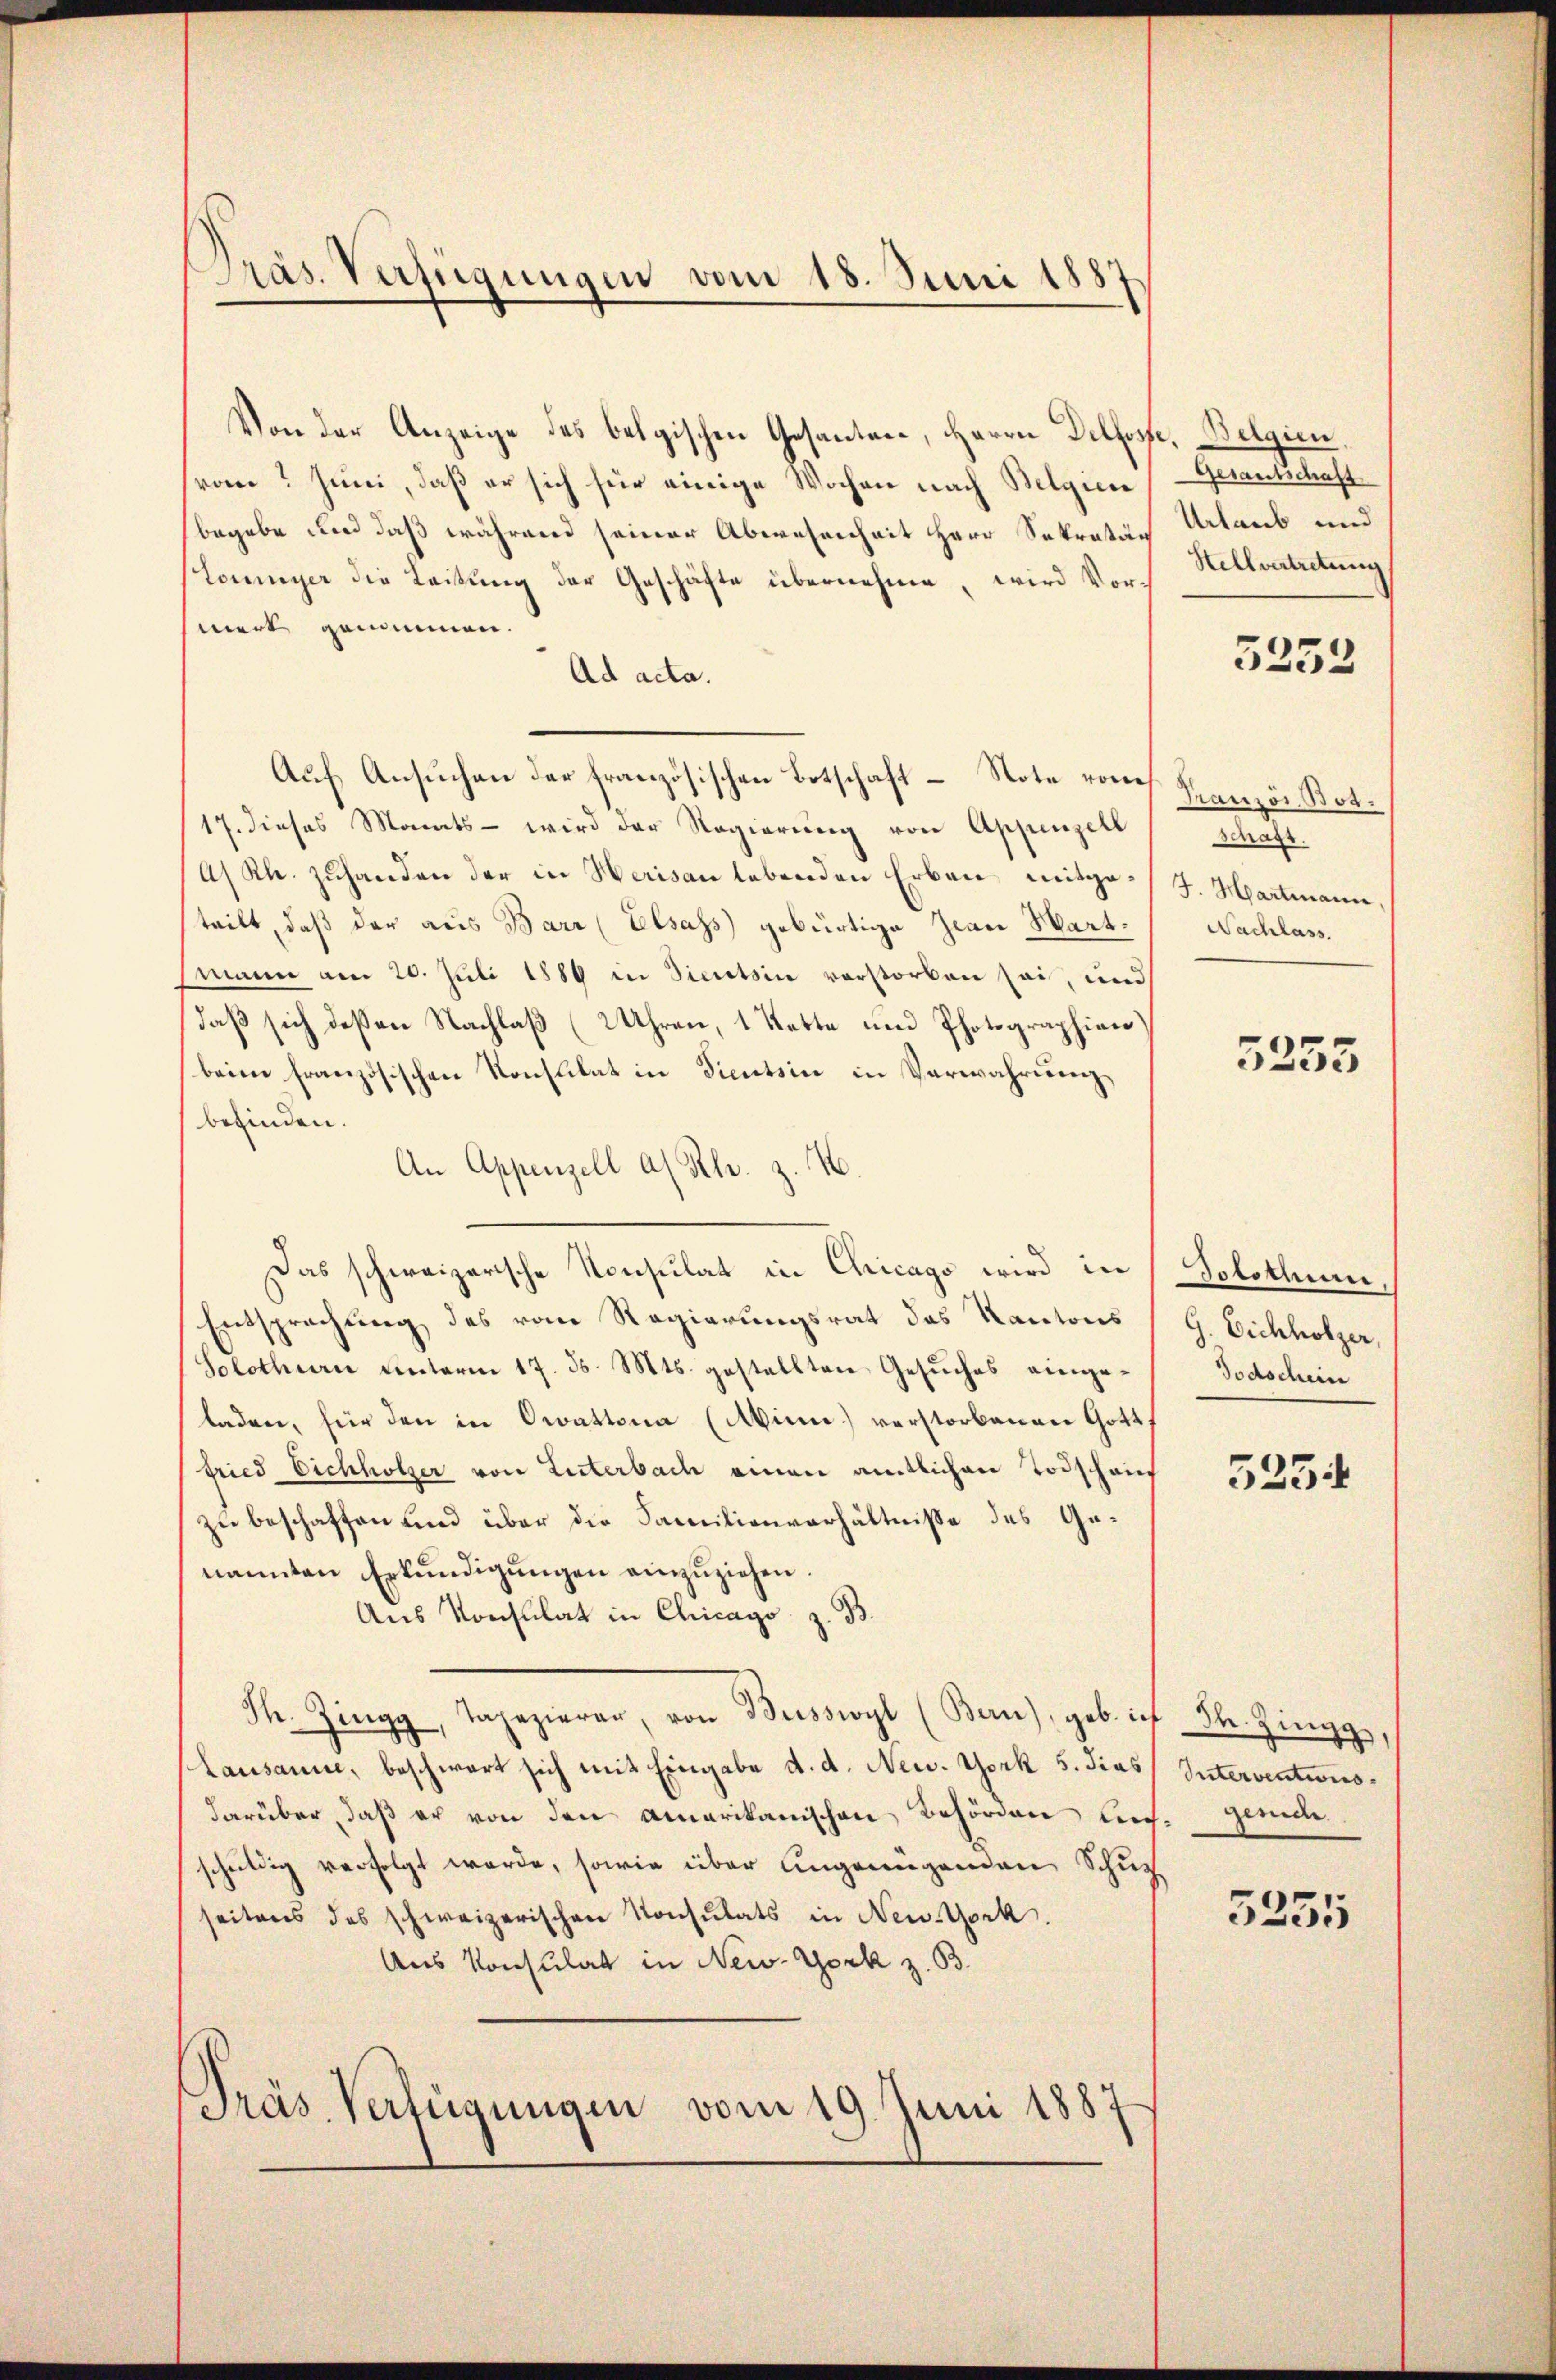
Präs. Verfügungen vom 18. Juni 1887.

Von der Anzeige des belgischen Gesanten, Herrn Delfost
von? Juni, daß er sich für einige Wochen nach Belgiere
begebe und daß während seiner Abwesenheit Herr Sekretär
(Tommyer die Leitung der Geschäfte übernehme, wird Vormert genommen.
Ad acta.
Auf Ansuchen der französischen Botschaft – Note vom
17. dieses Monats - wird der Regierŭng von Appenzell
A/Rh. zuhanden der in Herisau lebenden Erben mitgeteilt, daß der aus Barr (Elsass gebürtige Zwar Mart.
mann am 20. Juli 1880 in Sicitsin verstorben sei, und
daß sich deßen Nachlaß (2 Uhren, 1 Kette und Photographien
beim französischen Konsulat in Dientsin in Verwahrung,
befinden.
An Appenzell a/Rh. z. B.
Das schweizerische Konsulat in Chicago wird in Solothum
Entsprechung des vom Regierungsrat des Kantons (G. Eichholzer,
Solothurn unterm 17. ds. Mts. gestellten Gesŭches einge-
laden, für den in Orattona (Winn) verstorbenen Gott,
fried Eichholzer von Literbach einen amtlichen Todschauf
zu beschaffen und über die Familienverhältniße des Genannten Erkŭndigŭngen einzuziehen.
Aus Konsulat in Chicago z. B.
F. Zingg, Tapezierer, von Busswyl (Ban), geb. ich Bl. Zingg
Lausanne, beschwart sich mit Eingabe d. d. New York 5. Jias Interventionsdarüber, daß er von den amerikanischen Behörden lich gleich
schuldig verfolgt werde, sowie über ungenügenden Schu
seitens des schweizerischen Konsulats in New-York.
Aus Konsulat in New-York z. B.
Präs. Verfügungen vom 19. Juni 1887

u. Belgien.
Gesantschaft
Urlaub und
Hellvertretung

5252

Französ. Bot.
Schaft.
J. Hartmann,
Nachlass.

3255

Todschein

5254

5255